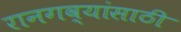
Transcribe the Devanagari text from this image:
रानगव्यांसाठी